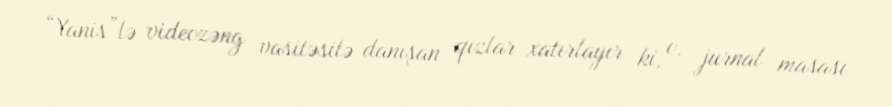
“Yanis”lə videozəng vasitəsilə danışan qızlar xatırlayır ki, o, jurnal masası